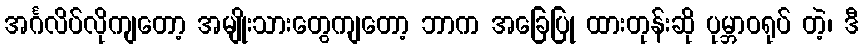
အင်္ဂလိပ်လိုကျတော့ အမျိုးသားတွေကျတော့ ဘာက အခြေပြု ထားတုန်းဆို ပုမ္ဘာဝရုပ် တဲ့၊ ဒီ